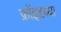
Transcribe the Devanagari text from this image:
फ्राॅइडच्या